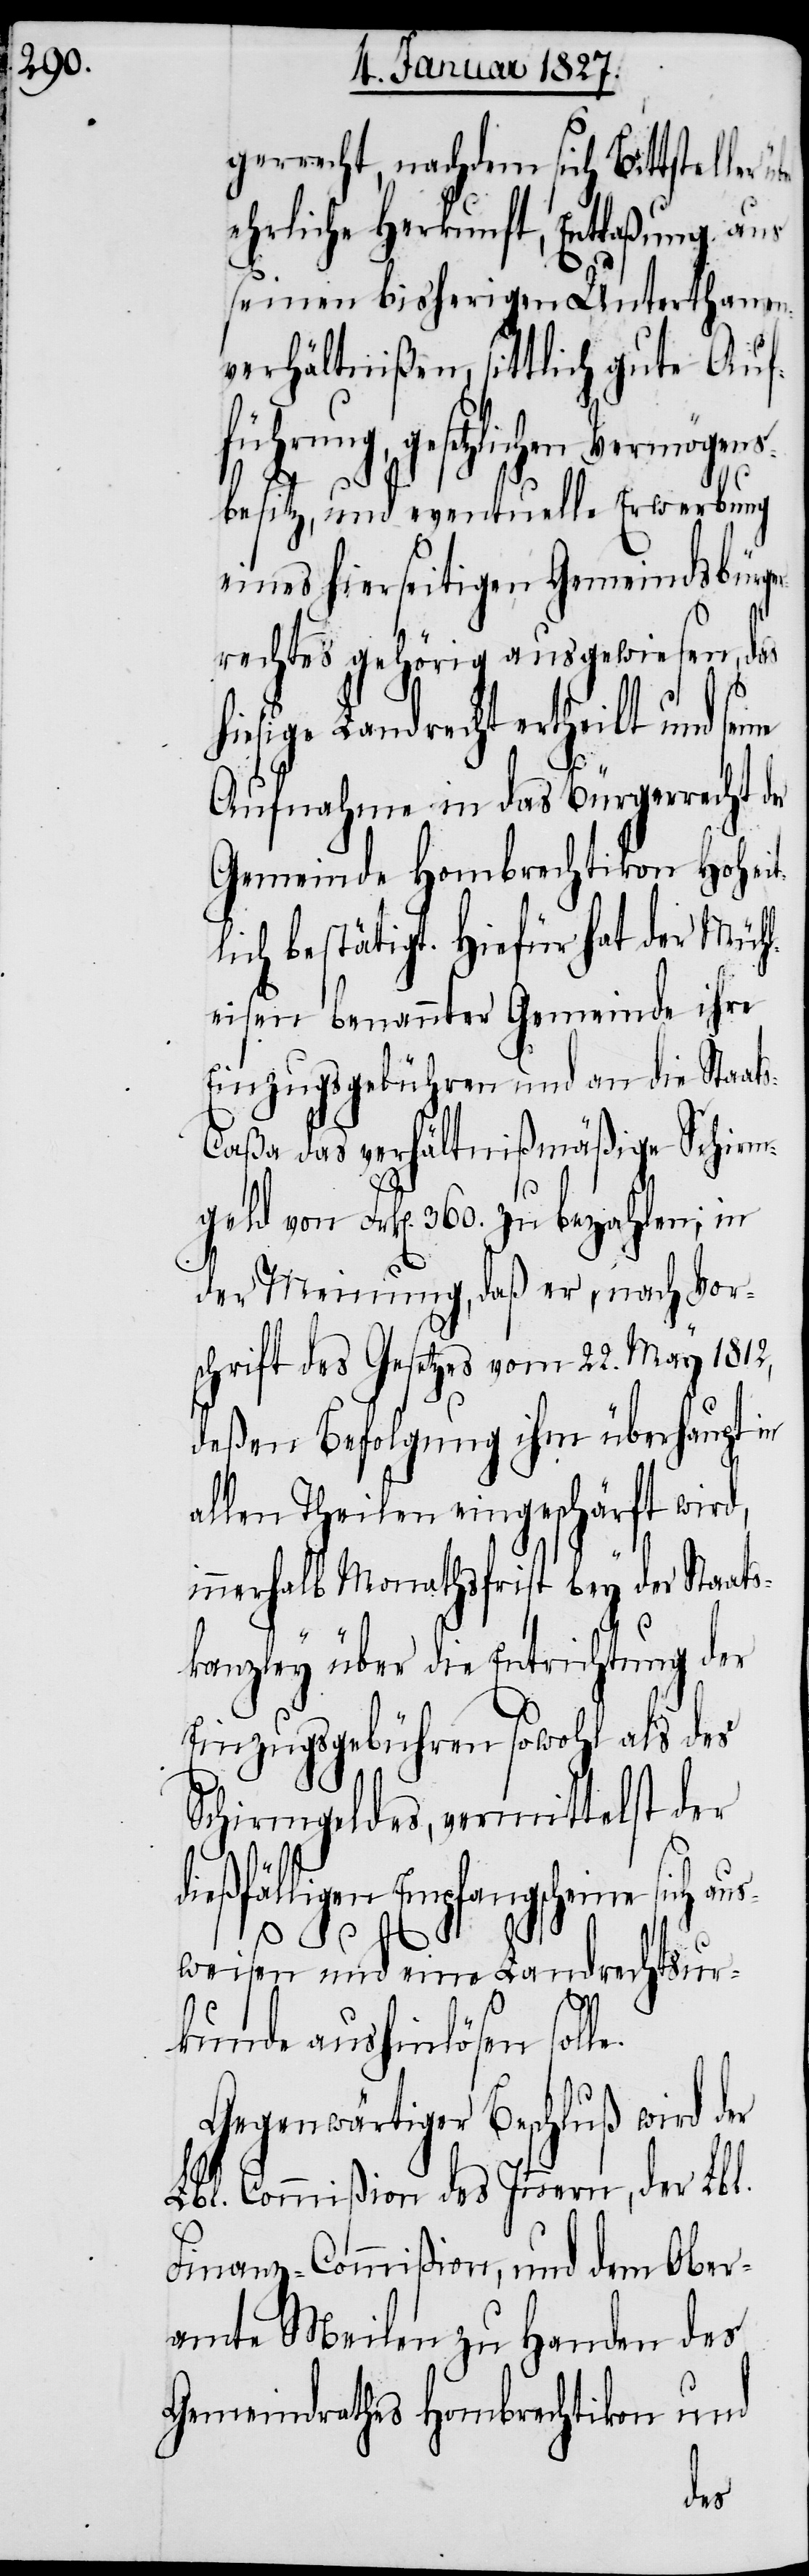
gerrecht, nachdem sich Bittsteller
ehrliche Herkunft, Entlaßung aus
seinen bisherigen Unterthanen¬
verhältnißen, sittlich gute Auf¬
führung, gesetzlichen
besitz, und eventuelle Erwerbung
eines hierseitigen Gemeindsbür¬
rechtes gehörig ausgewiesen, das
iesige Landrecht ertheilt und
Aufnahme in das Bürgerrecht
Gemeinde Hombrechtikon Hoheit¬
lich bestätigt. Hiefür hat der Mühl¬
eisen benannter Gemeinde ihre
Einzugsgebühren und an die Staat¬
s-Caßa das verhältnismäßige Schirm¬
geld von Frk[en]. 360. zu bezahlen; in
der Meinung, daß er, nach Vor¬
schrift des Gesetzes vom 22. May 1812,
deßen Befolgung ihm überhaupt in
allen Theilen eingeschärft wird,
innerhalb Monathsfrist bey der Staats¬
h¬
kanzley über die Entrichtung der
Einzugsgebühren sowohl als des
Schirmgeldes, vermittelst der
dießfälligen Empfangsscheine sich
le.
weisen und eine Landrechtsur¬
kunde aushinlösen sol¬
Gegenwärtiger Beschluß wird der
Lbl. Commißion des Innern, der Lbl.
Finanz-Commißion, und dem Ober¬
amte Meilen zu Handen des
Gemeindraths Hombrechtikon und
der